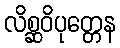
လိစ္ဆဝိပုတ္တေန